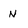
Character: N